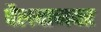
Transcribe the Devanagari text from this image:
पैलवानवर